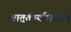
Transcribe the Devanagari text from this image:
चातुर्वर्ण्याधारित